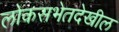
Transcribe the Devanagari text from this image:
लोकसभेतदेखील